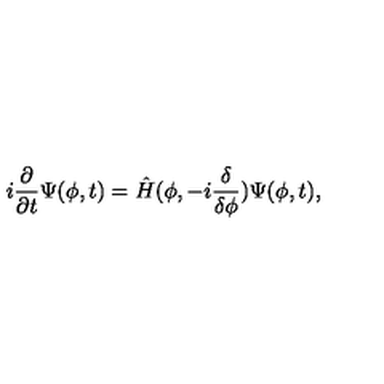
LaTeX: i \frac { \partial } { \partial t } \Psi ( \phi , t ) = \hat { H } ( \phi , - i \frac { \delta } { \delta \phi } ) \Psi ( \phi , t ) ,